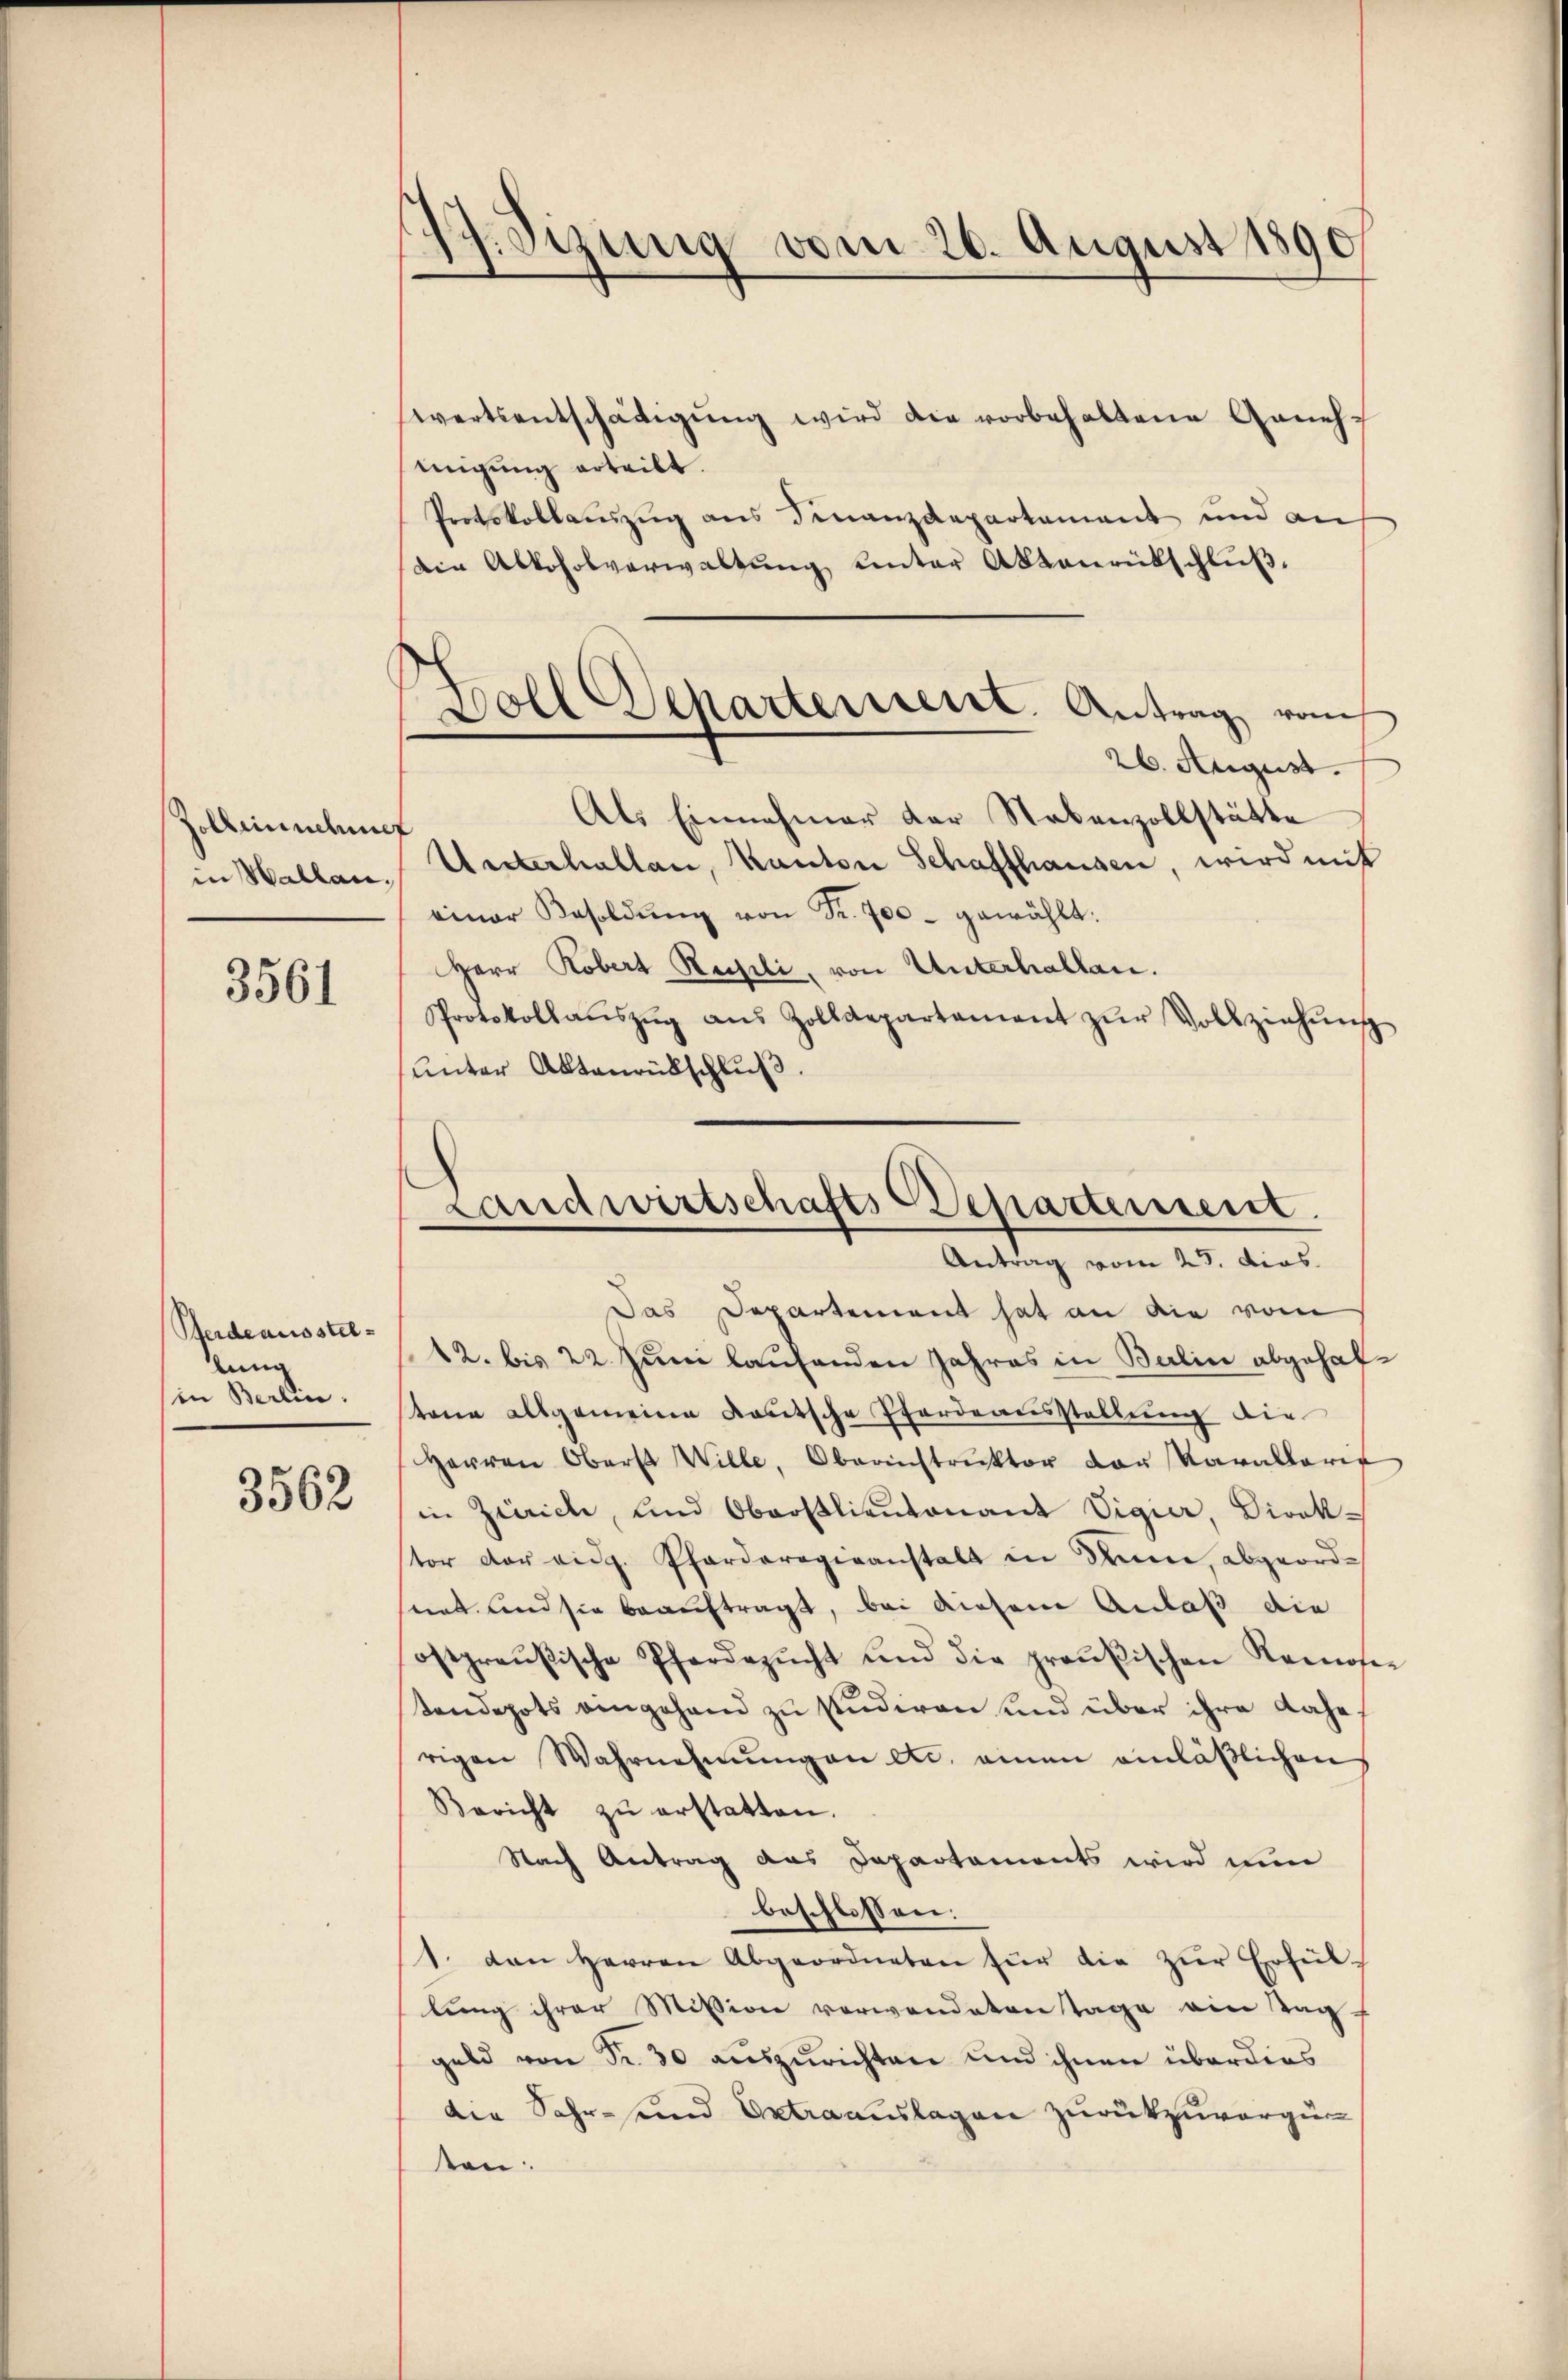
Zolbeinschnet
in Hallan.

3561

Pferdeausstellung
(in Berlin.

3562

17. Jizung vom 26. August 1890
swertsentschädigŭng wird die vorbehaltene Anneh¬

migung erteilt.
Protokollauszug aus Finanzdepartement und an
Die Alkoholverwaltŭng ŭnter Aktenrütschlŭβ-
Als Einnahmer der Nebenzollstätte
Unterhallen, Kanton Schaffhausen, wird mit
einer Besoldŭng von Fr. 700 - gewählt:
Herr Robert Rechtli, von Unterhallen.
Protokollaŭszŭg aŭs Zolldepartament zŭr Vollziehŭng
unter Aktenrütschluß.

Das Departement hat an die vom
12. bis 22. Juni laufenden Jahres in Berlin abgehaltene allgemeine Kautsche Pferdeausstellung die
Herren Oberst Wille, Oberinstrŭktor von Varallarie
in Zürich, und Oberstlieutenant Vigier, Direktor der eidg. Pferderogenanstalt in denn, abgeordsint und sie beauftragt, bei diesem Anlaß die
ostpreußische Pferdezŭcht und die preußischen Ramoser
tendepots angehend zu studiren und über ihre dahe
rigen Wahrnehmungen etc. einen einläßlichen
Bericht zŭ erstatten.
Nach Antrag das Departements wird nun
beschlossen:
1. den Herren Abgeordneten für die zŭr Erfüllung ihrer Mission verwendeten Tage ein Tag
geld von Fr. 30 auszurichten und ihnen überdies
Die Sahr- und Extraauslagen zurückzuvorgen
ten.

Boll Departement. Antrag vom
26. August.

Landwirtschafts Departement.
Antrag vom 25. dies